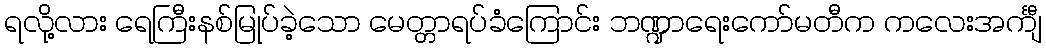
ရလို့လား ရေကြီးနစ်မြုပ်ခဲ့သော မေတ္တာရပ်ခံကြောင်း ဘဏ္ဍာရေးကော်မတီက ကလေးအင်္ကျီ